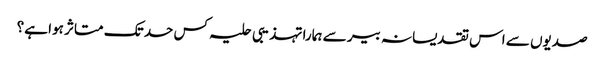
صدیوں سے اس تقدیسانہ بیر سے ہمارا تہذیبی حلیہ کس حد تک متاثر ہوا ہے؟